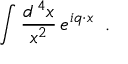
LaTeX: \int { \frac { d ^ { \, 4 } x } { x ^ { 2 } } } \, e ^ { i q \cdot x } \; \; .